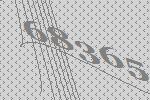
68365